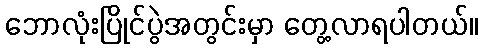
ဘောလုံးပြိုင်ပွဲအတွင်းမှာ တွေ့လာရပါတယ်။